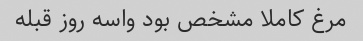
مرغ کاملا مشخص بود واسه روز قبله